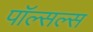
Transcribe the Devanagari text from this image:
पॉल्सल्स